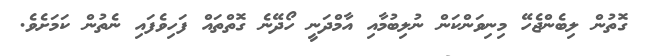
ގޮތުން ލިބެންޖެހޭ މިނިވަންކަން ނުލިބުމާއި އާމްދަނީ ހޯދޭނެ ގޮތްތައް ފަހިވެފައި ނެތުން ކަމަށެވެ.